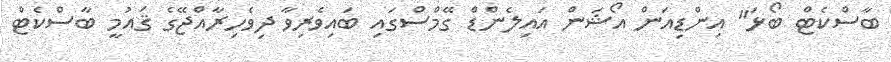
ބާސްކެޓް ބޯޅަ" އިންޑިއަން އޯޝަން އައިލެންޑް ގޭމްސްގައި ބައިވެރިވާ ދިވެހިރާއްޖޭގެ ޤައުމީ ބާސްކެޓް